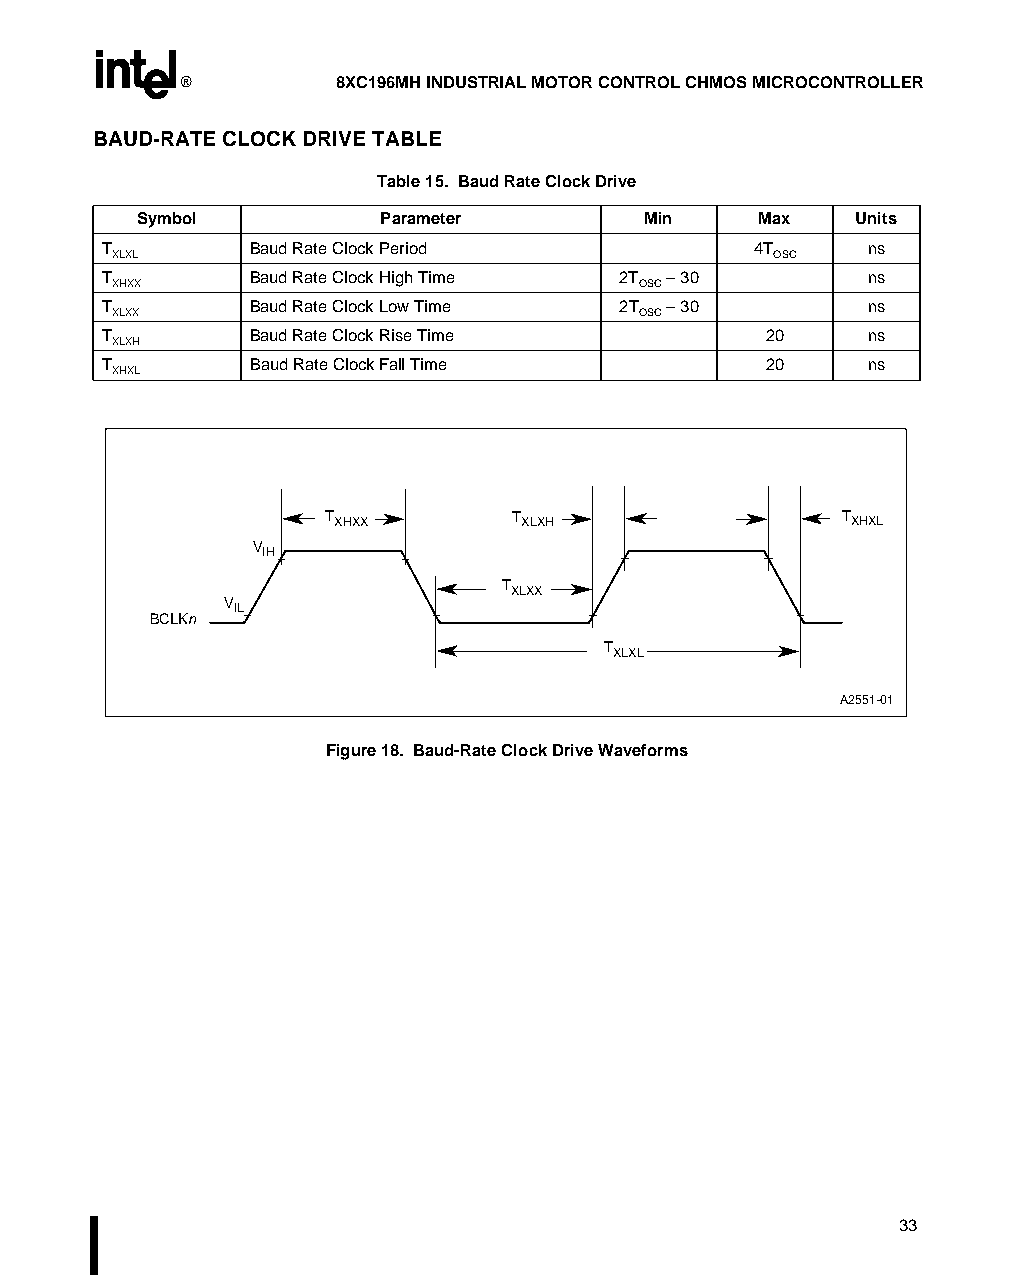
®         8XC196MH INDUSTRIAL MOTOR CONTROL CHMOS MICROCONTROLLER
 BAUD-RATE CLOCK DRIVE TABLE
 Table 15. Baud Rate Clock Drive
 Symbol          Parameter        Min     Max   Units
 T         Baud Rate Clock Period            4T     ns
 XLXL                                        OSC
 T         Baud Rate Clock High Time 2T – 30        ns
 XHXX                               OSC
 T         Baud Rate Clock Low Time 2T – 30         ns
 XLXX                               OSC
 T         Baud Rate Clock Rise Time         20     ns
 XLXH
 T         Baud Rate Clock Fall Time         20     ns
 XHXL
 TXHXX        TXLXH                TXHXL
 VIH
 TXLXX
 VIL
 BCLKn
 TXLXL
 A2551-01
 Figure 18. Baud-Rate Clock Drive Waveforms
 33